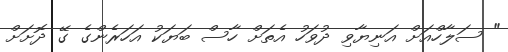
" ސަލާހްއަށް އަނިޔާވި ދުވަހު އެތަށް ހާސް ބަޔަކު އަހަރެންގެ ގޭ ދޮށަށް